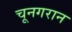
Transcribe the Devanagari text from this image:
चूनगरान